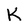
Character: K